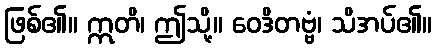
ဖြစ်၏။ ဣတိ၊ ဤသို့။ ဝေဒိတဗ္ဗံ၊ သိအပ်၏။